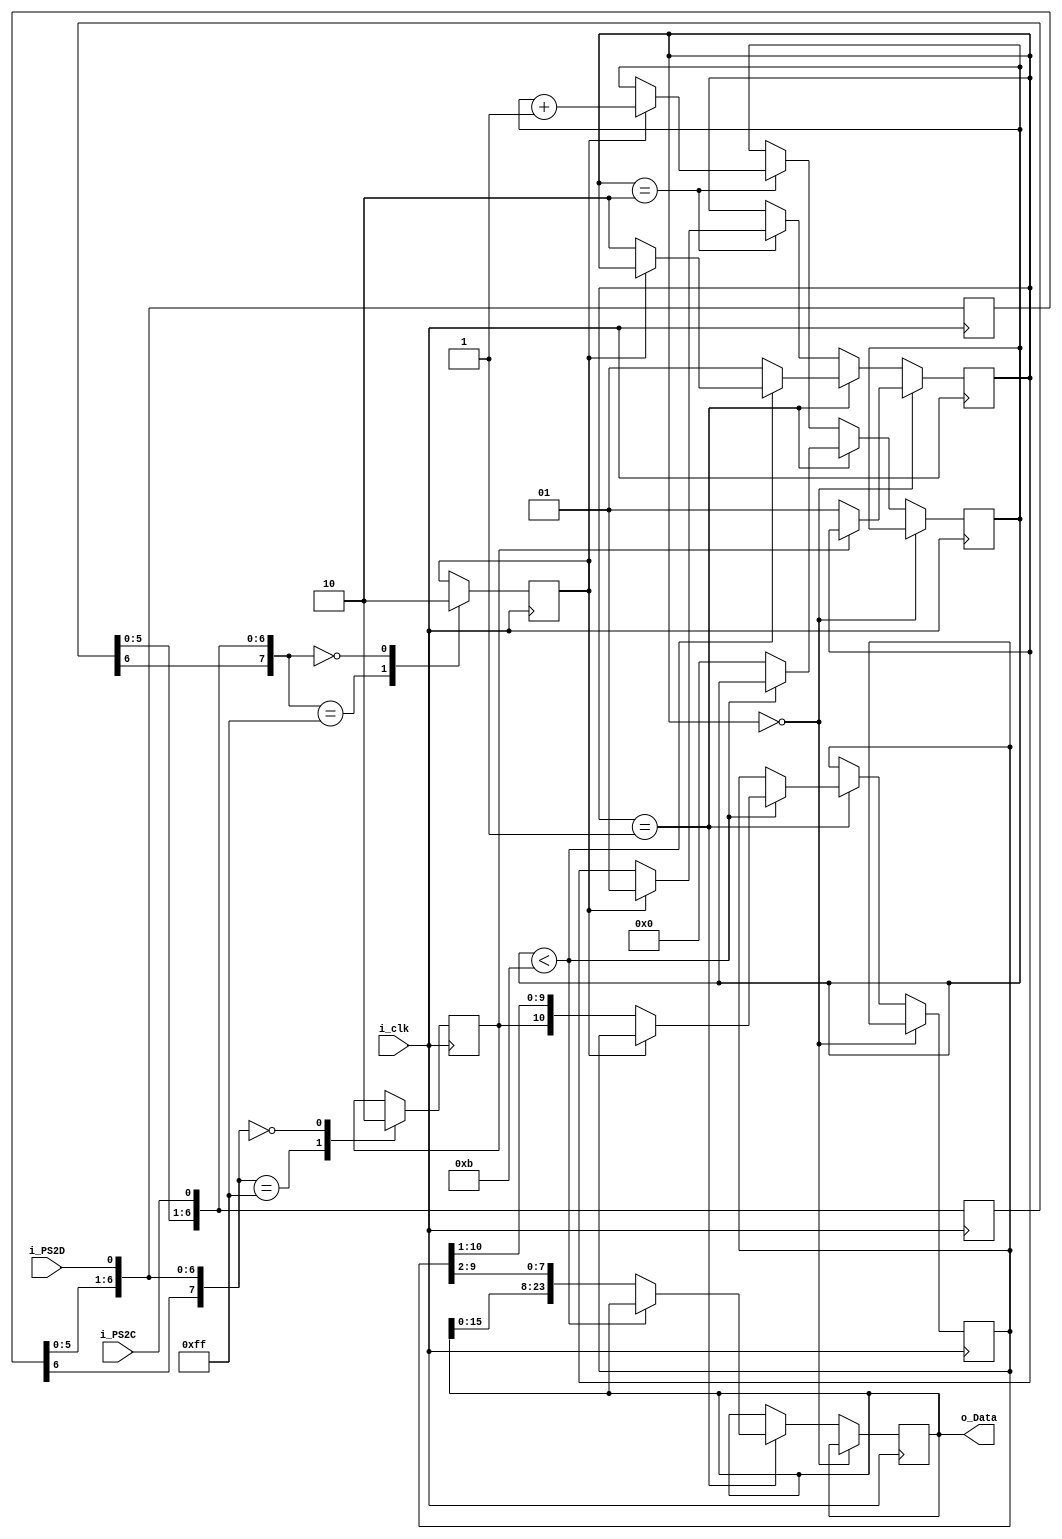
`timescale 1ns / 1ps
//////////////////////////////////////////////////////////////////////////////////
// Company: 
// Engineer: 
// 
// Design Name: 
// Module Name:    PS2 
// Project Name: 
// Target Devices: 
// Tool versions: 
// Description: 		Module for working with PS2 port and protocole
//
// Dependencies: 
//
// Revision: 
// Revision 0.01 - File Created
// Additional Comments: 
//
//////////////////////////////////////////////////////////////////////////////////
module PS2(
	input i_clk,
	input wire i_PS2C,
	input wire i_PS2D,
	output[23:0] o_Data
    );

	reg[23:0] r_Data = 'b0;
	reg[10:0] r_DataKey = 'b0;
	
	reg[1:0] r_State = 'b0;
	
	// Counter 
	reg[3:0] CNT = 'b0;
	
	// State for Mura machine
	reg[1:0] s_Start = 	2'b00;
	reg[1:0] s_GetData = 2'b01;
	reg[1:0] s_NextBit = 2'b10;

	reg[7:0] f_PS2C = 'b0;			// Filter for PS2C
	reg[7:0] f_PS2D = 'b0;			// Filter for PS2D

	reg r_PS2C = 'b0;
	reg r_PS2D = 'b0;
	
	always @(posedge i_clk)
		begin			
			f_PS2C = f_PS2C << 1;
			f_PS2D = f_PS2D << 1;
			
			f_PS2C[0] = i_PS2C;
			f_PS2D[0] = i_PS2D;
			
			
			case(f_PS2C)
				'hFF: r_PS2C = 1'b1;
				'h00: r_PS2C = 1'b0;
			endcase
			
			case(f_PS2D)
				'hFF: r_PS2D = 1'b1;
				'h00: r_PS2D = 1'b0;
			endcase
		end

		
	

	always @(posedge i_clk)
		begin
			
			case (r_State)
				s_Start:
					begin
						if (r_PS2D == 'b0)
							r_State = s_GetData;
					end
				s_GetData:
					begin
						if (CNT < 4'b1011)
							begin
								if (r_PS2C == 'b0)
									begin
										r_DataKey = {r_PS2D, r_DataKey[10:1]};
										r_State = s_NextBit;
									end
							end
						else
							begin
								r_Data = {r_Data[15:0], r_DataKey[9:2]};
								CNT = 'b0;
								r_State = s_GetData;
							end
					end
				s_NextBit:
					begin
						if (r_PS2C == 'b1)
							begin
								CNT = CNT + 1'b1;
								r_State = s_GetData;
							end
					end
			endcase
			
		end
		
	assign o_Data = r_Data;

endmodule